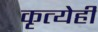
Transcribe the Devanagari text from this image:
कृत्येही